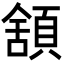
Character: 𩓱